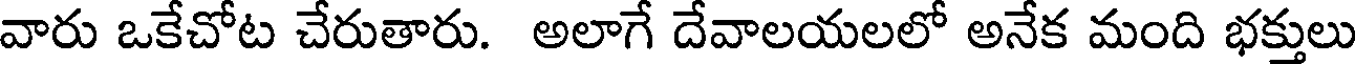
వారు ఒకేచోట చేరుతారు. అలాగే దేవాలయలలో అనేక మంది భక్తులు